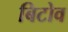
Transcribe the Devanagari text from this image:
बिटोव